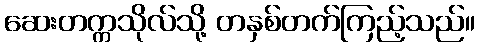
ဆေးတက္ကသိုလ်သို့ တနှစ်တက်ကြည့်သည်။